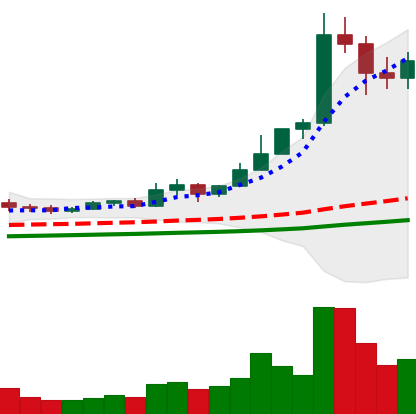
Ticker: ETC-USD
Chart end date: 2021-02-17
Forward return: -8.544%
Label: down_7plus